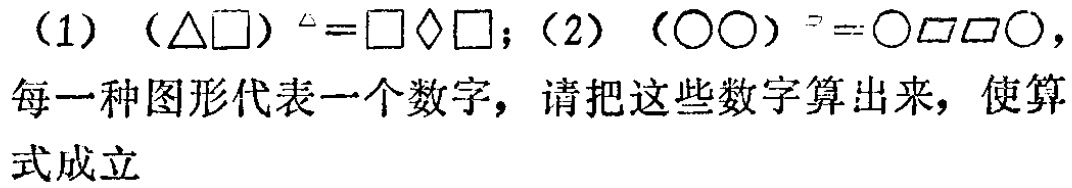
（1）$(\triangle\square)^{\triangle}=\square\diamond\square$；（2）$(\bigcirc\bigcirc)^{\bigcirc}=\bigcirc\square\square\bigcirc$